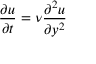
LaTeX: { \frac { \partial u } { \partial t } } = \nu { \frac { \partial ^ { 2 } u } { \partial y ^ { 2 } } }